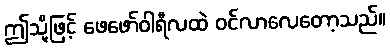
ဤသို့ဖြင့် ဖေဖော်ဝါရီလထဲ ဝင်လာလေတော့သည်။